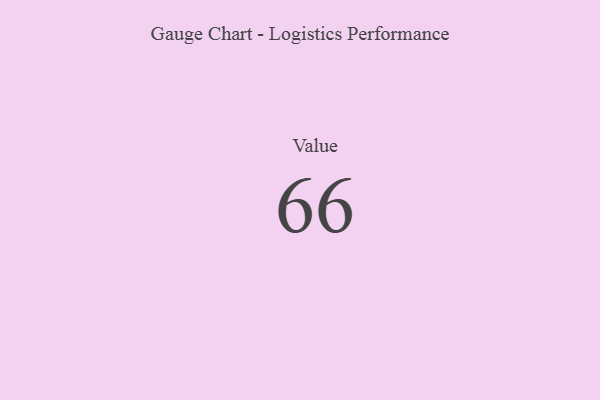
{"axis": {"x": "Metric", "y": "Value"}, "legend": [""], "data": [{"x": "Value", "y": 66, "type": ""}]}